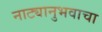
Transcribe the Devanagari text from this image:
नाट्यानुभवाचा